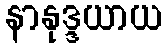
နာနုဒ္ဒယာယ